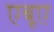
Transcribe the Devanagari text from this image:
एबूए